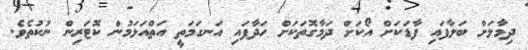
ދިމާލަށް ބަލާފައި ފާޑަކަށް އޯކަށް ދަމާގޮތަކަށް ހަދާފައި އަނގަމަތީ އަތްއަޅަމުން ކޮޓަރިން ނުކުތެވެ.